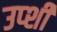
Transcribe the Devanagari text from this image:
उप्शी